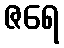
ဇရေ